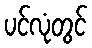
ပင်လုံတွင်